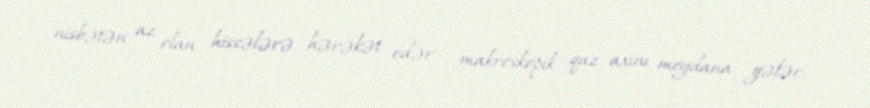
nisbətən az olan hissələrə hərəkət edər - makroskopik qaz axını meydana gələr.